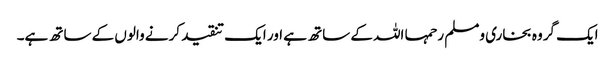
ایک گروہ بخاری ومسلم رحمہا اللہ کے ساتھ ہے اور ایک تنقید کرنے والوں کے ساتھ ہے۔